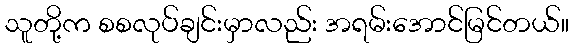
သူတို့က စစလုပ်ချင်းမှာလည်း အရမ်းအောင်မြင်တယ်။